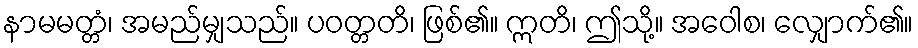
နာမမတ္တံ၊ အမည်မျှသည်။ ပဝတ္တတိ၊ ဖြစ်၏။ ဣတိ၊ ဤသို့။ အဝေါစ၊ လျှောက်၏။